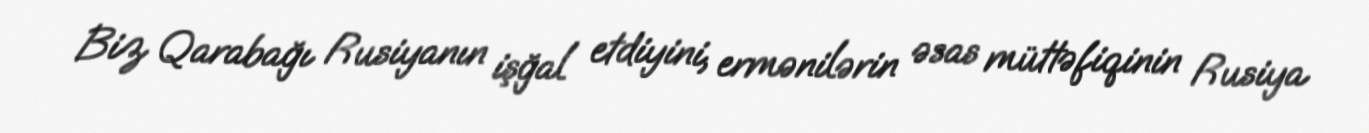
Biz Qarabağı Rusiyanın işğal etdiyini, ermənilərin əsas müttəfiqinin Rusiya